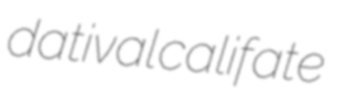
datival califate